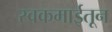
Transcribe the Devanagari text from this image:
स्वकमाईतून